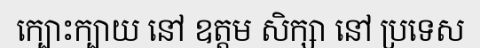
ក្បោះក្បាយ នៅ ឧត្តម សិក្សា នៅ ប្រទេស